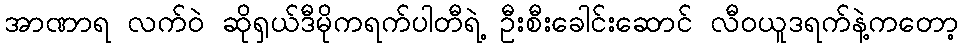
အာဏာရ လက်ဝဲ ဆိုရှယ်ဒီမိုကရက်ပါတီရဲ့ ဦးစီးခေါင်းဆောင် လီဝယူဒရက်နဲ့ကတော့